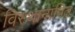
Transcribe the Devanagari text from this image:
विस्थानापित